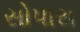
સોપારા